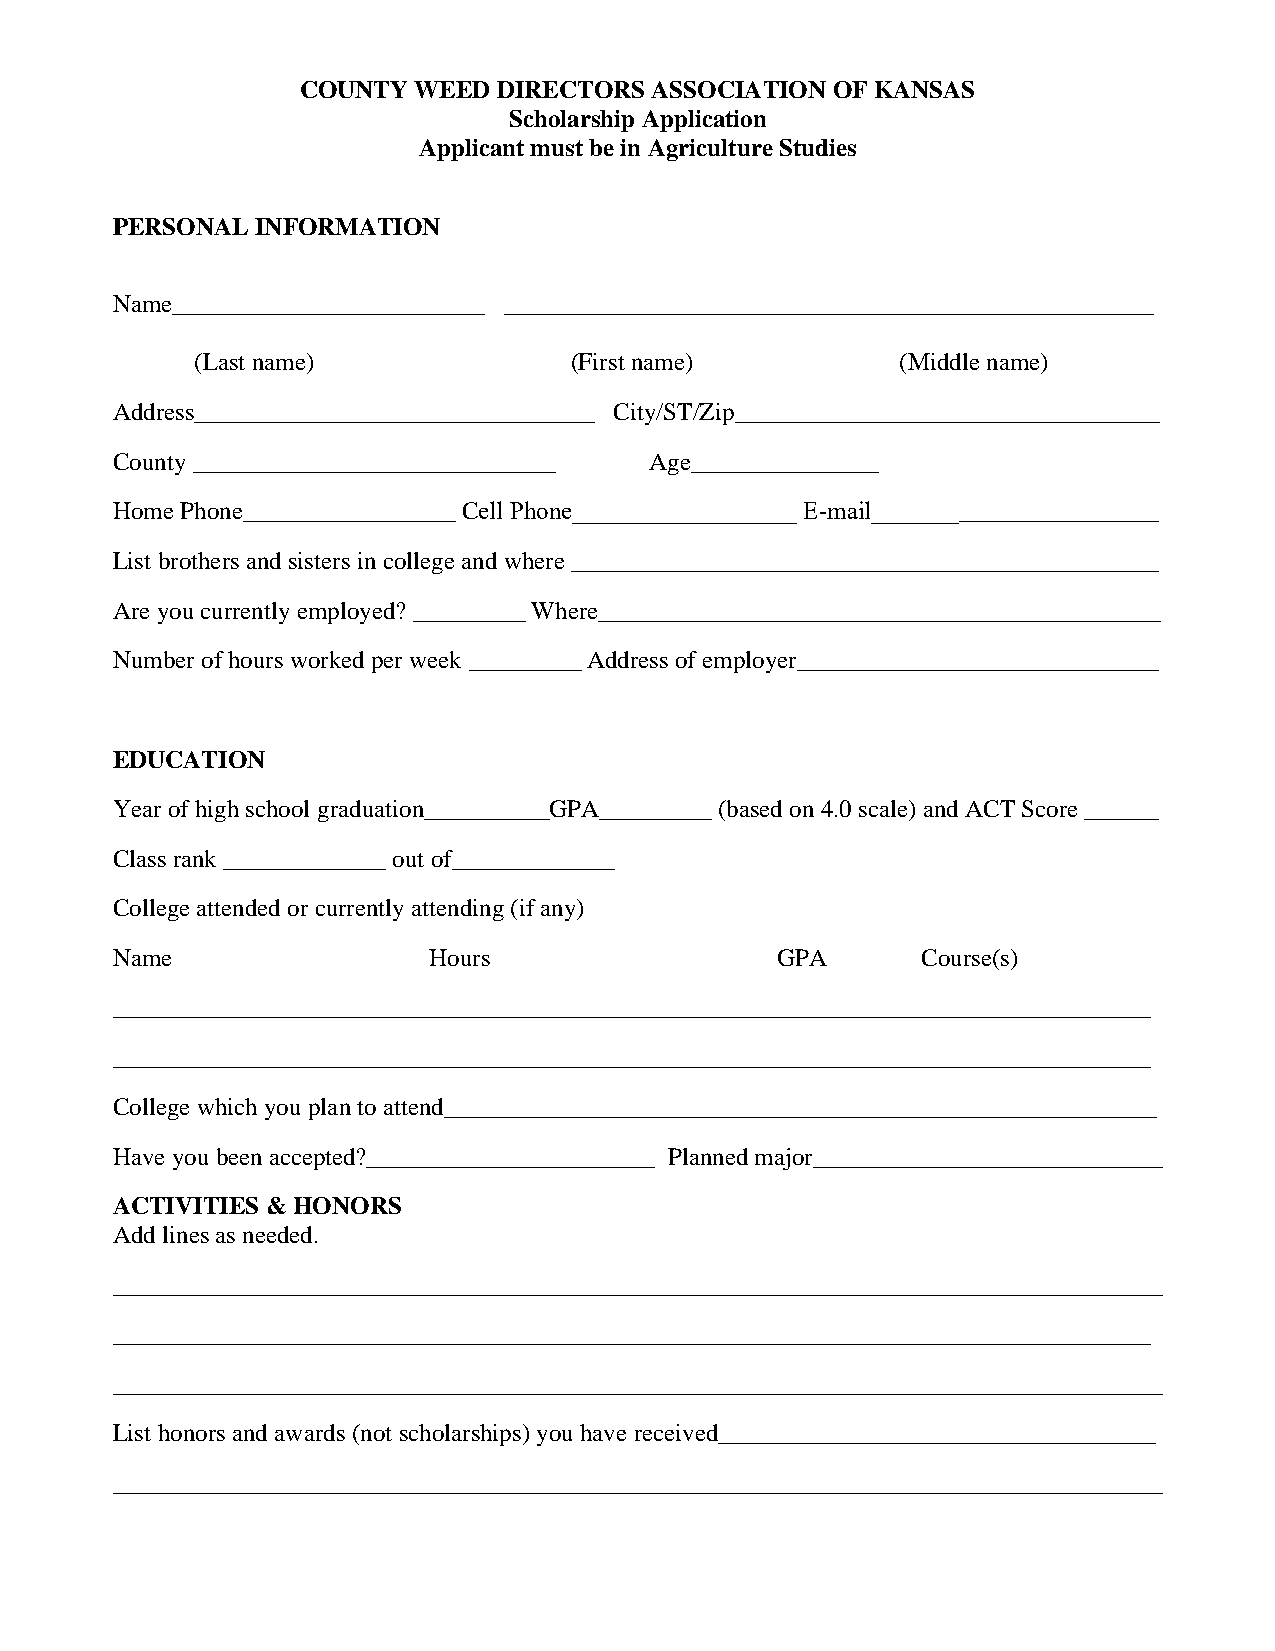
COUNTY WEED  DIRECTORS ASSOCIATION OF KANSAS
 Scholarship Application
 Applicant must be in Agriculture Studies
 PERSONAL  INFORMATION
 Name_________________________ ____________________________________________________
 (Last name)              (First name)          (Middle name)
 Address________________________________ City/ST/Zip__________________________________
 County _____________________________ Age_______________
 Home Phone_________________ Cell Phone__________________ E‐mail_______________________
 List brothers and sisters in college and where _______________________________________________
 Are you currently employed? _________ Where_____________________________________________
 Number of hours worked per week _________ Address of employer_____________________________
 EDUCATION
 Year of high school graduation__________GPA_________ (based on 4.0 scale) and ACT Score ______
 Class rank _____________ out of_____________
 College attended or currently attending (if any)
 Name                 Hours                  GPA       Course(s)
 ___________________________________________________________________________________
 ___________________________________________________________________________________
 College which you plan to attend_________________________________________________________
 Have you been accepted?_______________________ Planned major____________________________
 ACTIVITIES & HONORS
 Add lines as needed.
 ____________________________________________________________________________________
 ___________________________________________________________________________________
 ____________________________________________________________________________________
 List honors and awards (not scholarships) you have received___________________________________
 ____________________________________________________________________________________